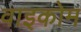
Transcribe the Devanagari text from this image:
वाइकोम